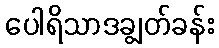
ပေါရိသာဒချွတ်ခန်း